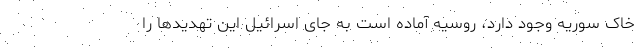
خاک سوریه وجود دارد، روسیه آماده است به جای اسرائیل این تهدیدها را